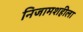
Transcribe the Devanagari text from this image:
निजामशहीला